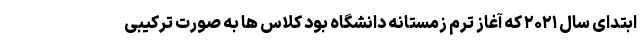
ابتدای سال ۲۰۲۱ که آغاز ترم زمستانه دانشگاه بود کلاس ها به صورت ترکیبی